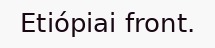
Etiópiai front.